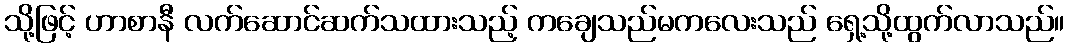
သို့ဖြင့် ဟာစာနီ လက်ဆောင်ဆက်သထားသည့် ကချေသည်မကလေးသည် ရှေ့သို့ထွက်လာသည်။